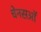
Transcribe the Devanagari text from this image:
चेनसऑ